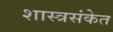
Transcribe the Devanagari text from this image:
शास्त्रसंकेत